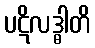
ပဋိလဒ္ဓါတိ